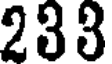
233